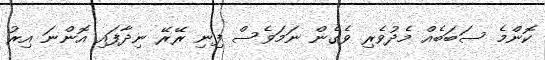
ކޮންމެ ސަބަބެއް މެދުވެރި ވެގެން ނަމަވެސް ފިނި ރޭރޭ ނިދާފައި އޮންނަ އިރު